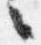
々